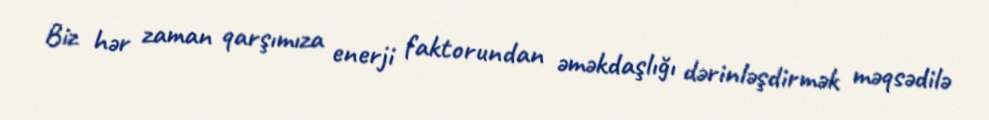
Biz hər zaman qarşımıza enerji faktorundan əməkdaşlığı dərinləşdirmək məqsədilə